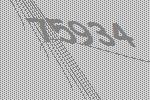
75934